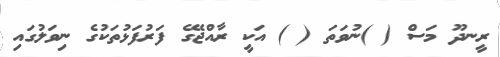
ރީނދޫ މަސް ( )ނުވަތަ ( ) އަކީ ރާއްޖޭގެ ފަރުފަޅުތަކުގެ ނިވަލުގައި